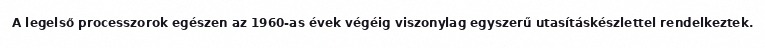
A legelső processzorok egészen az 1960-as évek végéig viszonylag egyszerű utasításkészlettel rendelkeztek.